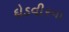
દોડવીરના